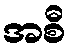
အစီ